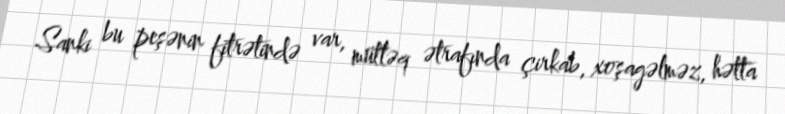
Sanki bu peşənin fitrətində var, mütləq ətrafında çirkab, xoşagəlməz, hətta